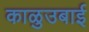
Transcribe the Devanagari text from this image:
काळुउबाई